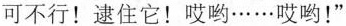
可不行！逮住它！哎哟······哎哟！”